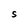
Character: S